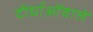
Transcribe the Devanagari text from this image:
दीर्घाओंवाले